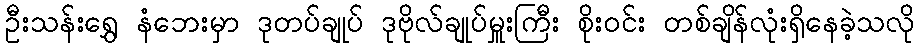
ဦးသန်းရွှေ နံဘေးမှာ ဒုတပ်ချုပ် ဒုဗိုလ်ချုပ်မှူးကြီး စိုးဝင်း တစ်ချိန်လုံးရှိနေခဲ့သလို